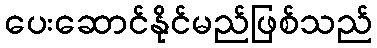
ပေးဆောင်နိုင်မည်ဖြစ်သည်